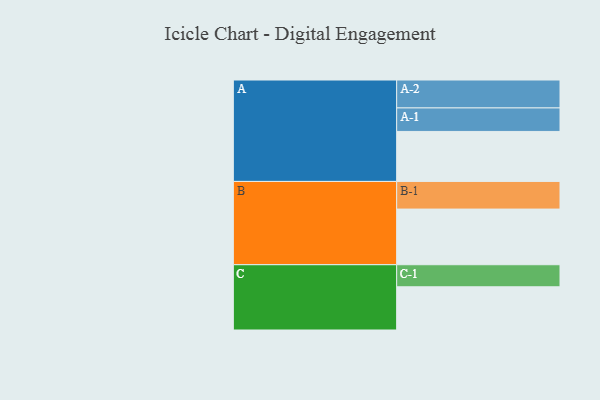
{"axis": {"x": "Segment", "y": "Value"}, "legend": ["", "A", "B", "C"], "data": [{"x": "A", "y": 510, "type": ""}, {"x": "B", "y": 568, "type": ""}, {"x": "C", "y": 441, "type": ""}, {"x": "A-1", "y": 240, "type": "A"}, {"x": "A-2", "y": 285, "type": "A"}, {"x": "B-1", "y": 282, "type": "B"}, {"x": "C-1", "y": 225, "type": "C"}]}